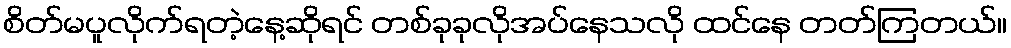
စိတ်မပူလိုက်ရတဲ့နေ့ဆိုရင် တစ်ခုခုလိုအပ်နေသလို ထင်နေ တတ်ကြတယ်။